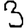
Digit: 3